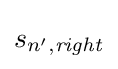
s_{n',{\mathit {right}}}